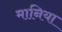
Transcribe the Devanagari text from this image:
मानिया